Vital statistics of India. Vol. V, Reports of 1876 on armies & jails and on epidemic cholera
Year: 1876
Disease focus: Cholera
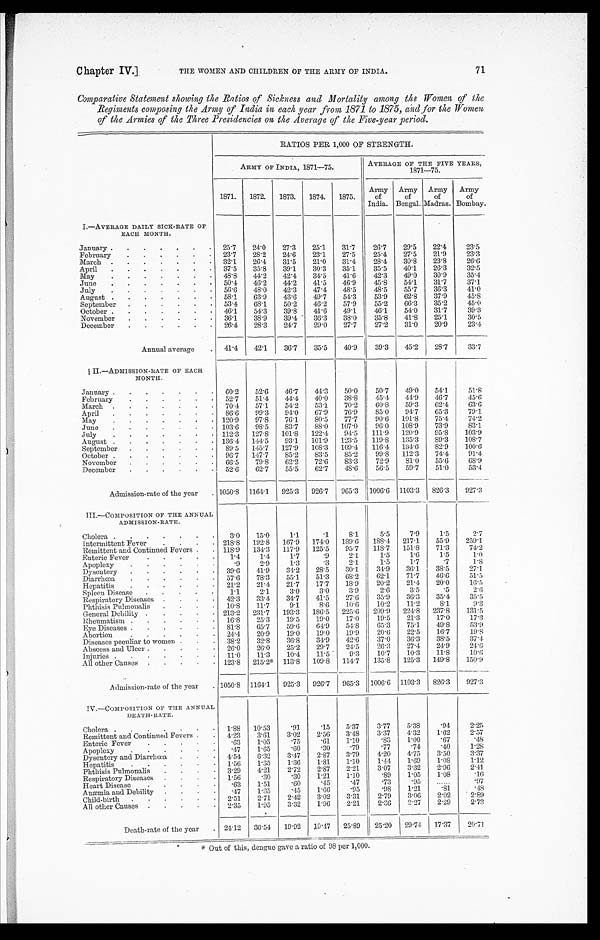
Chapter IV.]
THE WOMEN AND CHILDREN OF THE ARMY OF INDIA.
71
Comparative Statement showing the Ratios of Sickness and Mortality among the Women of the
Regiments composing the Army of India in each year from 1871 to 1875, and for the Women
of the Armies of the Three Presidencies on the Average of the Five-year period.
RATIOS PER 1,000 OF STRENGTH.
ARMY OF INDIA, 1871—75.
AVERAGE OF THE FIVE YEARS,
1871—75.
1871.
1872.
1873.
1874.
1875.
Army
of
India.
Army
of
Bengal.
Army
of
Madras.
Army
of
Bombay.
I.—AVERAGE DAILY SICK-RATE OF
EACH MONTH.
January . . .
25.7
24.0
27.3
25.1
31.7
26.7
29.5
22.4
23.5
February . . .
23.7
28.2
24.6
23.1
27.5
25.4
27.5
21.9
23.3
March . . .
32.1
26.4
31.5
21.0
31.4
28.4
30.8
23.8
26.6
April . . .
37.5
35.8
39.1
30.3
35.1
35.5
40.1
26.3
32.5
May . . .
48.8
44.2
42.4
34.5
41.6
42.3
49.0
30.9
35.4
June . . .
50.4
46.2
44.2
41.5
46.9
45.8
54.1
31.7
37.1
July . . .
56.6
48.0
42.3
47.4
48.5
48.5
55.7
36.3
41.0
A u g u s t . . .
58.1
63.9
43.6
49.7
54.3
53.9
62.8
37.9
45.8
September . . .
53.4
68.1
50.2
46.2
57.9
55.2
66.3
35.2
45.0
October . . .
46.1
54.3
39.8
41.6
49.1
46.1
54.0
31.7
39.3
November . . .
36.1
38.9
39.4
36.3
38.0
35.8
41.8
25.1
30.5
December . . .
26.4
28.3
24.7
29.0
27.7
27.2
31.0
20.9
23.4
Annual average . . .
41.4
42.1
36.7
35.5
40.9
39.3
45.2
28.7
3 3 . 7
II.—ADMISSION-RATE OF EACH
MONTH.
January . . .
60.2
52.6
46.7
44.3
50.0
50.7
49.0
54.1
51.8
February . . .
52.7
51.4
44.4
40.0
38.8
45.4
41.9
46.7
45.6
March . . .
70.4
57.1
54.2
53.1
70.2
60.8
59.3
62.4
63.6
April . . .
86.6
99.3
94.0
67.9
76.9
85.0
94.7
65.3
79.1
May . . .
120.9
97.8
76.1
80.5
77.7
90.6
101.8
75.4
74.2
June . . .
103.6
98.5
83.7
88.0
107.0
96.0
108.9
73.9
83.1
July . . .
112.3
127.8
101.8
122.4
94.5
111.9
120.9
95.8
103.9
August . . .
136.4
144.5
93.1
101.9
123.5
119.8
135.3
89.3
108.7
S eptember . . .
89.5
145.7
127.9
108.3
109.4
116.4
134.6
82.9
100.6
October . . .
96.7
147.7
85.2
83.5
85.2
99.8
112.3
74.4
91.4
November . . .
66.5
79.8
62.2
72.6
83.3
72.9
81.0
55.6
68.9
December . . .
52.6
62.7
55.5
62.7
48.6
56.5
59.7
51.0
53.4
Admission-rate of the year
. . . 1050.8
1164.1
925.3
926.7
965.3
1006.6
1103.3
826.3
927.8
III.—COMPOSITION OF THE ANNUAL
ADMISSION-RATE.
Cholera . . .
3.0
15.0
1.1
.1
8.1
5.5
7.9
1.5
2.7
Intermittent Fever . . .
218.8
192.8
167.9
174.0
189.6
188.4
217.1
55.9
259.1
Remittent and Continued Fevers . . .
118.9
134.3
117.9
125.5
95.7
118.7
151.8
71.3
74.2
Enteric Fever . . .
1.4
1.4
1.7
.9
2.1
1.5
1.6
1.5
1.0
Apoplexy . . .
.9
2.9
1.3
.3
2.1
1.5
1.7
.7
1.8
Dysentery . . .
39.6
41.9
34.2
28.5
30.1
34.9
36.1
38.5
27.1
Diarrhœa . . .
57.6
78.3
55.1
51.3
68.2
62.1
71.7
46.6
51.5
Hepatitis . . .
21.2
21.4
21.7
17.7
18.9
20.2
21.4
20.0
16.5
Spleen Disease . . .
1.1
2.1
3.0
3.0
3.9
2.6
3.5
.5
2.6
Respiratory Diseases . . .
42.3
33.4
34.7
41.5
27.6
35.9
36.3
35.4
35.5
Phthisis Pulmonalis . . .
10.8
11.7
9.1
8.6
10.6
10.2
11.2
8.1
9.3
General Debility . . .
213.2
231.7
193.3
186.5
225.6
209.9
224.8
237.8
131.5
Rheumatism . . .
16.8
25.3
19.5
19.0
17.0
19.5
21.3
17.0
17.3
Eye Diseases . . .
81.8
65.7
59.6
64.9
54.8
65.3
75.1
49.8
53.9
Abortion . . .
24.4
20.9
19.0
19.0
19.9
20.6
22.5
16.7
19.8
Diseases peculiar to women . . .
38.2
32.8
36.8
34.9
42.6
37.0
36.3
38.5
37.4
Abscess and Ulcer . . .
26.0
26.0
25.2
29.7
24.5
26.3
27.4
24.9
24.6
Injuries . . .
11.0
11.3
10.4
11.5
9.3
10.7
10.3
11.8
10.6
All other Causes . . .
123.8
215.2*
113.8
109.8
114.7
135.8
125.3
149.8
150.9
Admission-rate of the year . . .
1050.8
1164.1
925.3
926.7
965.3
1006.6
1103.3
826.3
927.3
IV.—COMPOSITION OF THE ANNUAL
DEATH-RATE.
Cholera . . .
1.88
10.53
.91
.15
5.37
3.77
5.38
.94
2.25
Remittent and Continued Fevers . . .
4.23
3.61
3.02
2.56
3.48
3.37
4.32
1.62
2.57
Enteric Fever . . .
.63
1.05
.75
.61
1.10
.83
1.00
.67
.48
Apoplexy . . .
.47
1.65
.60
.30
.79
.77
.74
.40
1.28
Dysentery. and Diarrhœa . . .
4.54
6.32
3.47
2.87
3.79
4.20
4.75
3.50
3.37
Hepatitis . . .
1.56
1.35
1.36
1.81
1.10
1.44
1.69
1.08
1.12
Phthisis Pulmonalis . . .
3.29
4.21
2.72
2.87
2.21
3.07
3.32
2.96
2.41
Respiratory Diseases . . .
1.56
.30
.30
1.21
1.10
.89
1.05
1.08
.16
Heart Disease . . .
.63
1.51
.60
.45
.47
.73
.95
. . .
.97
Anæmia and Debility . . .
.47
1.35
.45
1.66
.95
.98
1.21
. 8 1
.48
Child-birth . . .
2.51
2.71
2.42
3.02
3.31
2.79
3.06
2.02
2.89
All other Causes . . .
2.35
1.95
3.32
1.96
2.21
2.36
2.27
2.29
2.73
Death-rate of the year . . . 24.12
36.54
19.92
19.47
25.89
25.20
29.74
17.37
20.71
* Out of this, dengue gave a ratio of 98 per 1,000.